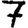
Digit: 7